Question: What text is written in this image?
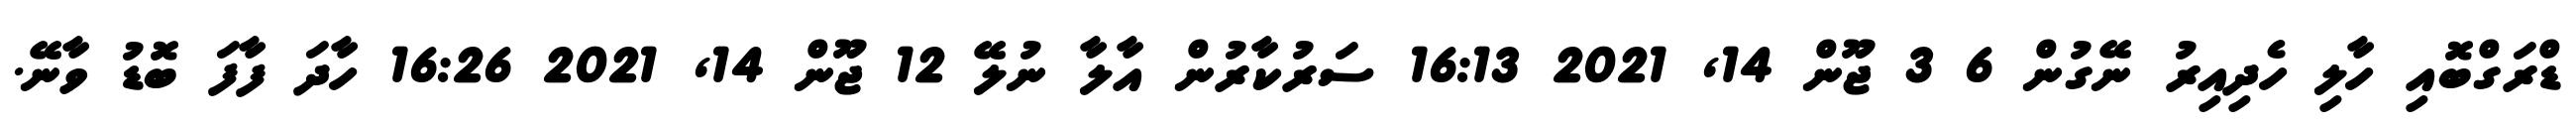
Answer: ޑްރަގްބޮއި ހާލި ހެދިއިރު ނޭގުން 6 3 ޖޫން 14, 2021 16:13 ސަރުކާރުން އާލާ ނުލޭ 12 ޖޫން 14, 2021 16:26 ހާދަ ފާފަ ބޮޑު ވާނޭ.